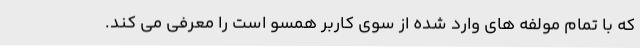
که با تمام مولفه های وارد شده از سوی کاربر همسو است را معرفی می کند.